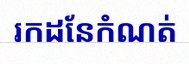
រកដែនកំណត់